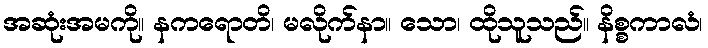
အဆုံးအမကို။ နကရောတိ၊ မလိုက်နာ။ သော၊ ထိုသူသည်။ နိစ္စကာလံ၊